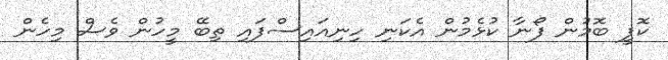
ކޮފީ ބޮމުން ފޯނާ ކުޅެމުން އެކަނި ހިނިއައިސްފައި ތިބޭ މީހުން ވެސް މިހެން